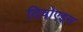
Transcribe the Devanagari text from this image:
दिवोएइस